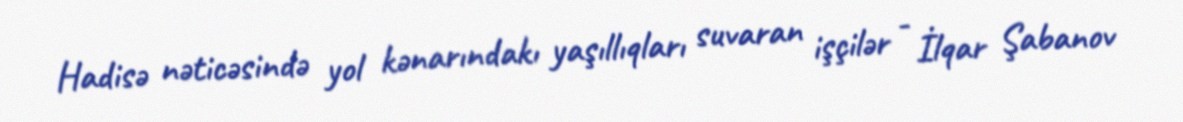
Hadisə nəticəsində yol kənarındakı yaşıllıqları suvaran işçilər - İlqar Şabanov